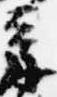
章